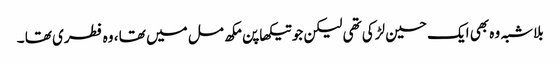
بلاشبہ وہ بھی ایک حسین لڑکی تھی لیکن جو تیکھا پن مکھ مل میں تھا ، وہ فطری تھا ۔